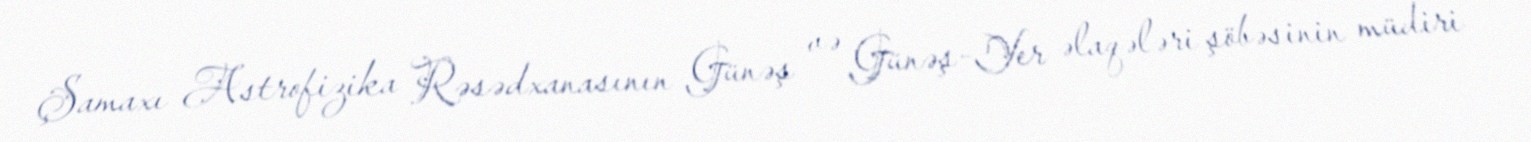
Şamaxı Astrofizika Rəsədxanasının Günəş və Günəş-Yer əlaqələri şöbəsinin müdiri